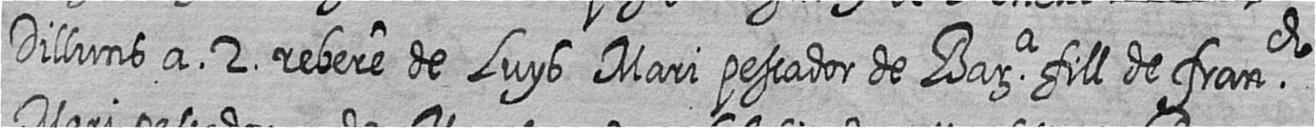
Dilluns a 2 rebere de Luys Mari pescador de Bara fill de franch